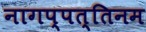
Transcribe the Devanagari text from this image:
नागप्पत्तिनम